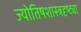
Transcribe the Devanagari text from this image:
ज्योतिषशास्त्रदृष्ट्या